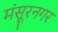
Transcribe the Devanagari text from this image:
मंसूरनगर